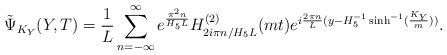
LaTeX: \begin{align*}\tilde{\Psi}_{K_Y}(Y,T)=\frac{1}{L} \sum_{n=-\infty}^{\infty}e^{\pi^2 n\over H_5 L} H^{(2)}_{ 2 i\pi n / H_5 L}(mt)e^{i{2 \pi n\over L} (y-H_5^{-1} \sinh^{-1}(\frac{K_Y}{m}))}.\end{align*}